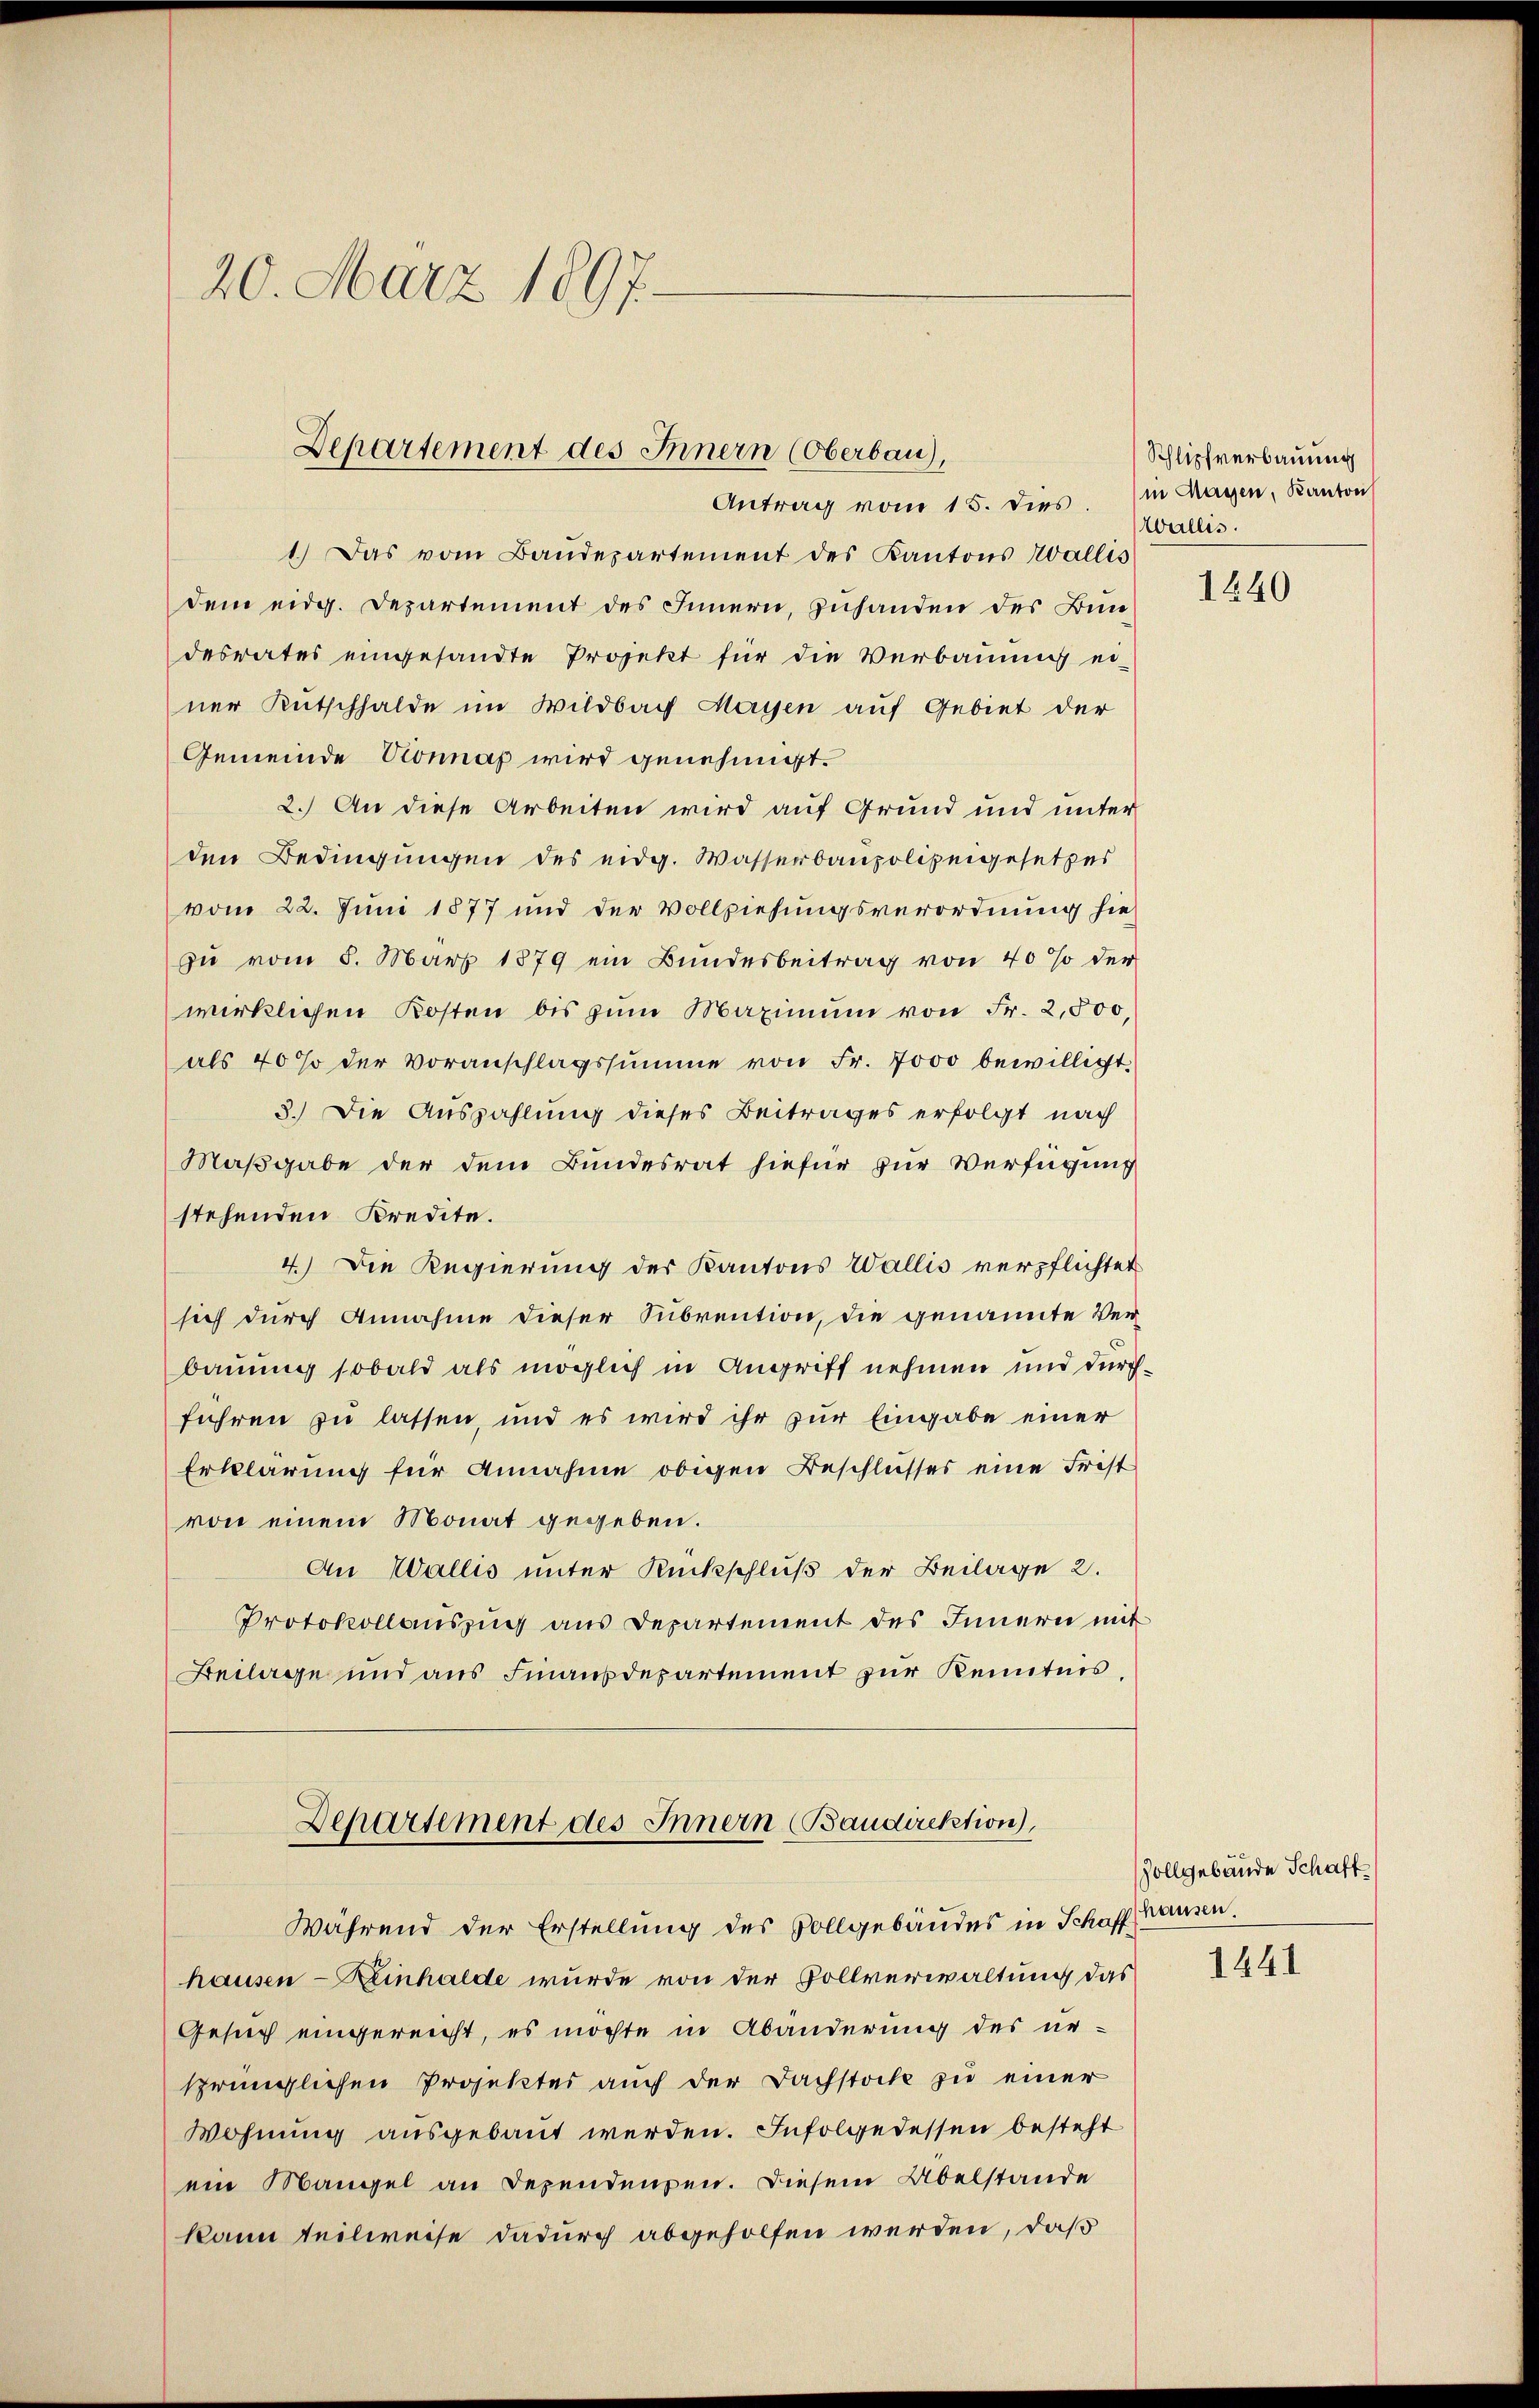
20. März 1897.

Departement des Innern (Oberbau),
Antrag vom 15. dies.

1.) Das vom Baŭdepartement des Kantons Wallis
dem eidg. Departement des Innern, Zuhanden des Bundesrates eingesandte Projekt für die Verbauung ei-
ner Kutschhalde im Wildbach Mayen auf Gebiet der
Gemeinde Sonnas wird genehmigt.
2.) An diese Arbeiten wird auf Grund und unter
den Bedingungen des eidg. Wasserbaupolizeigesetzes
vom 22. Juni 1877 und der Vollziehungsverordnung hie
In vom 8. März 1879 ein Bundesbeitrag von 40% der
wirklichen Kosten bis zum Maximum von Fr. 2,500
als 40 % der Voranschlagssumme von Fr. 7000 bewilligt.
3.) Die Auszahlung dieses Beitrages erfolgt nach
Maßgabe der dem Bundesrat hiefür zur Verfügung
stehenden Kredite.
4.) Die Regierung der Kantons Wallis verpflichtet
sich durch Annahme dieser Subrention, die genannte Verbauung sobald als möglich in Angriff nehmen und durchführen zu lassen, und es wird ihr zur Eingabe einer
Erklärung für Annahme obigen Beschlusses eine Frist
von einem Monat gegeben.
An Wallis unter Rückschluß der Beilage 2.
Protokollauszug aus Departement des Innern mit
Beilage und aus Finanzdepartement zur Kenntnis,

Während der Erstellung des Vollgebäudes in Schaffhausen.
hausen - Reinhalde wurde von der Pollverwaltung das
Gesich eingereicht, es möchte in Abänderung des ne-
sprünglichen Projektes auch der Dachstocke zu einer
Wohnung ausgebaut werden. Infolgedessen besteht
ein Mangel an Dependenpen. Diesem Übelstande
kann teilweise dadurch abgeholfen werden, daß

Departement des Innern (Baudirektion),

Schlipfverbauung
in Magen, Kanton
Wallis.

1640

Vollgebäude Schaft

1441